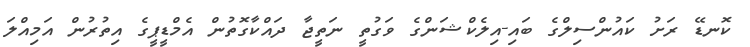
ކޮނޑޭ ރަށު ކައުންސިލްގެ ބައި-އިލެކްޝަންގެ ވަގުތީ ނަތީޖާ ދައްކާގޮތުން އެމްޑީޕީގެ އިތުރުން އަމިއްލަ